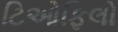
ટિઓફિલો